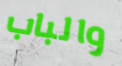
والباب